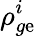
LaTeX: \rho_{g\mathrm{e}}^{i}